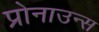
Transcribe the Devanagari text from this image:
प्रोनाउन्स